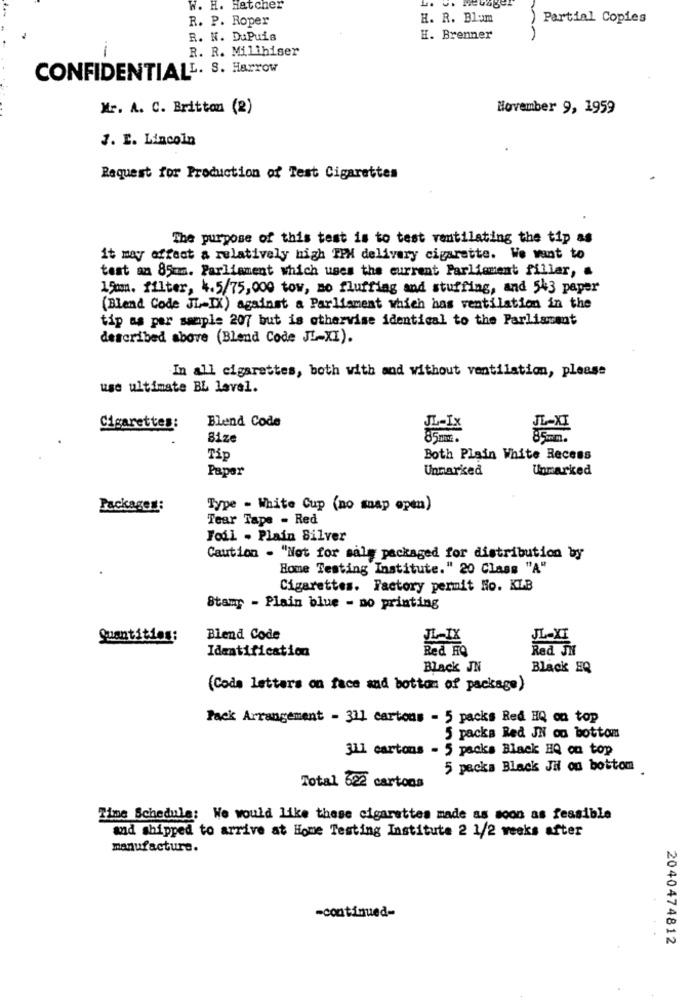
W. H. Hatcher
R. P. Roper
H. R. Blom
) Partial Copies
R. N. DuPuis
H. Brenner
R. R. Milihiser
CONFIDENTIALL. S. Harrow
Mr. A. C. Brittan (2)
November 9, 1959
1. E. Lincoln
Request for Production of Test Cigarettes
The purpose of this test is to test ventilating the tip as
it may affect a relatively high IPH delivery cigarette. We want to
test an 85km. Parliament which uses the current Parliament filler, a
15m. filter, 4.5/75,000 tow, no fluffing and stuffing, and 543 paper
(Blend Code JL-IX) against a Parliament which has ventilation in the
tip as per sample 207 but is otherwise identical to the Parliament
described above (Blend Code JL-XI).
In all cigarettes, both with and without ventilation, please
use ultimate BL level.
Blend Code
Cigarettes:
Bize
Tip
Both Plain White Recess
Papar
Unmarked
Unmarked
Packages:
Type - White Cup (no snap open)
Tear Tape - Red
Joil . Plain Silver
Caution - "Not for salg packaged for distribution by
Home Testing Institute." 20 Class "A"
Cigarettes. Factory permit Ho. KLB
Stamy - Plain blue - no printing
Quantities:
Blend Code
IL-IX
Identification
Red HQ
Red JN
Black JN
Black EQ
(Code letters on face and bottom of package)
Pack Arrangement - 311 cartons - 5 packs Red HQ on top
5 packs Red JN on bottom
311 cartons - 5 packs Black HQ on top
5 packa Black Jil on bottom
Total 622 cartons
Time Schedule: We would like these cigarettes made as soon as feasible
and shipped to arrive at Home Testing Institute 2 1/2 weeks after
manufacture.
-continued-
2040474812